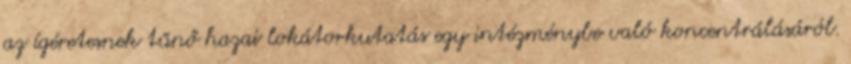
az ígéretesnek tűnő hazai lokátorkutatás egy intézménybe való koncentrálásáról.